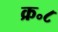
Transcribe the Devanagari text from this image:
क्र॰८